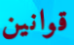
قوانين